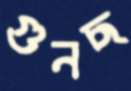
গুনছ